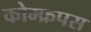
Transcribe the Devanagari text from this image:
कोम्‍फ्रपस